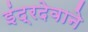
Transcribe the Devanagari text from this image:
इंद्रदेवाने